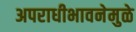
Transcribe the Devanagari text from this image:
अपराधीभावनेमुळे